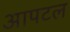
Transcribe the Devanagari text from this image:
आपटल